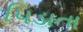
પિડાતા